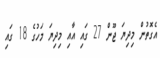
އެގޮތުން މިދިޔަ ޖޫން 27 ގައި އާއި މިދިޔަ މަހުގެ 18 ގައި